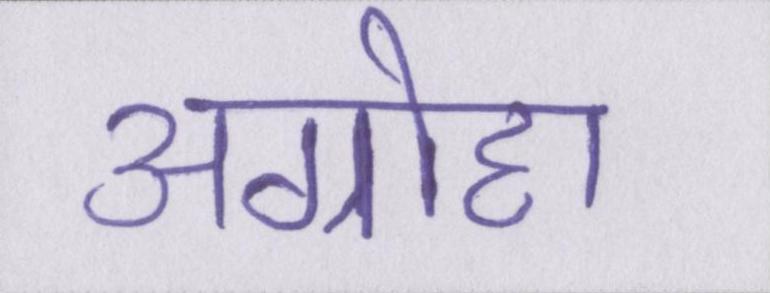
अग्रोहा